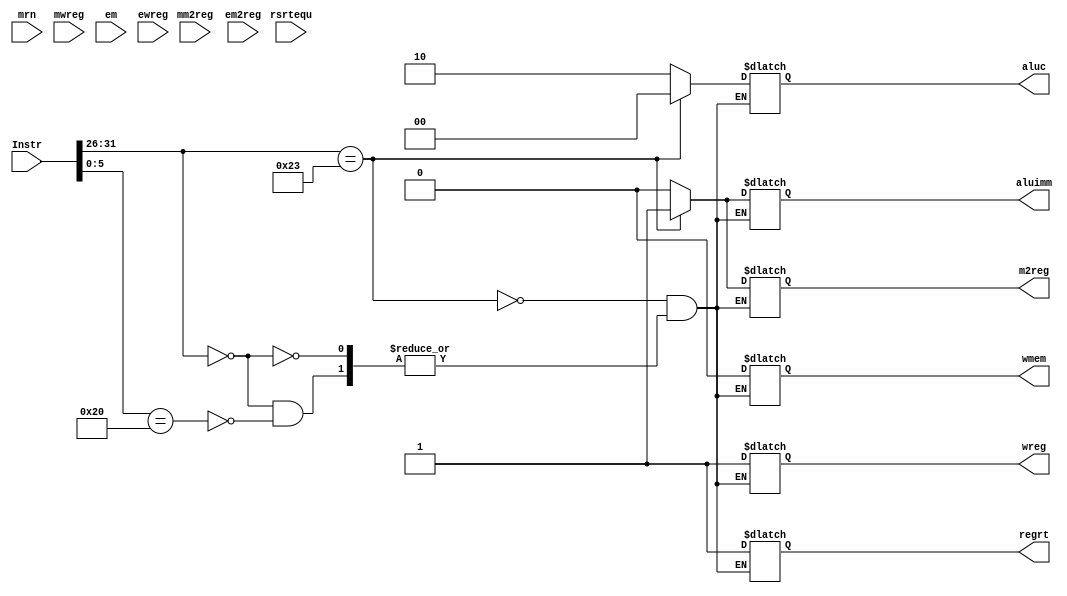
module ControlUnit(Instr, mrn, mm2reg, mwreg, rsrtequ, em, em2reg, ewreg, wreg, m2reg, wmem, aluc, aluimm, regrt);
    input wire [31:0] Instr;
    input mrn, mm2reg, mwreg, em, em2reg, ewreg, rsrtequ;
    output reg wreg;
    output reg m2reg;
    output reg wmem;
    output reg [1:0] aluc;
    output reg aluimm;
    output reg regrt;
    wire [5:0] op = Instr[31:26];
    wire [5:0] func = Instr[6:0];
    
    always @ (*)
    begin
        if (op == 6'b100011)
        begin
            wreg <= 1;
            m2reg <= 1;
            wmem <= 0;
            aluc <= 2'b00;
            aluimm <= 1;
            regrt <= 1;
        end
        else if (op == 6'b000000) // if op is for r-type instruction
        begin
            if (func == 6'b100000) // if func is add
            begin
                wreg <= 1;
                m2reg <= 0;
                wmem <= 0;
                aluc <= 2'b10;
                aluimm <= 0;
                regrt <= 1;
            end
        end
        
    end   
endmodule